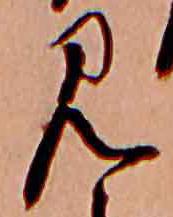
見